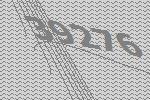
39276